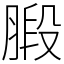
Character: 腶